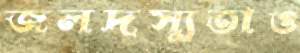
জলদস্যুতাও